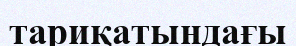
тариқатындағы